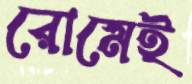
রোমেই